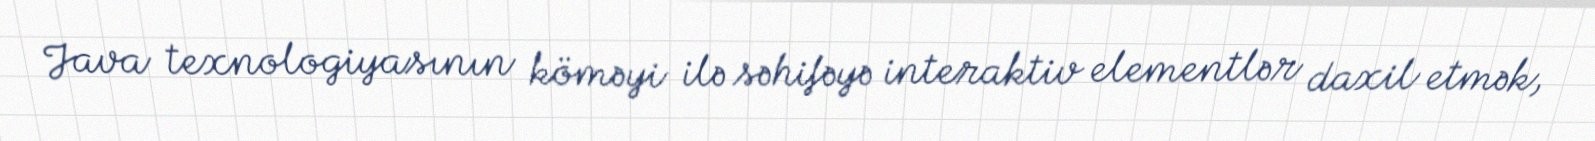
Java texnologiyasının köməyi ilə səhifəyə interaktiv elementlər daxil etmək,